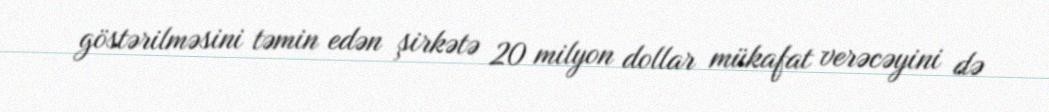
göstərilməsini təmin edən şirkətə 20 milyon dollar mükafat verəcəyini də